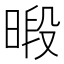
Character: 𪰴